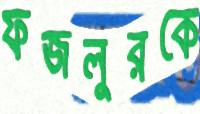
ফজলুরকে